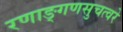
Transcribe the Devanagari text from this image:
रणाङ्गणसुचत्वरे